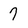
Character: 7